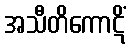
အသီတိကောဋိံ